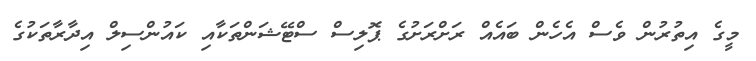
މީގެ އިތުރުން ވެސް އެހެން ބައެއް ރަށްރަށުގެ ޕޮލިސް ސްޓޭޝަންތަކާއި ކައުންސިލް އިދާރާތަކުގެ